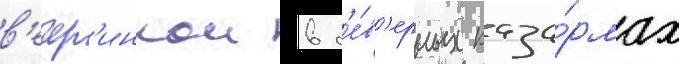
в'ечер'инкои в с'е́в'ерных каза́рмах